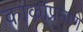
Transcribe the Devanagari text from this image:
काकांप्रमाणे